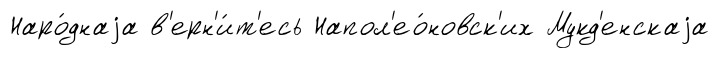
Наро́днаjа в'ерн'и́т'есь Напол'ео́новск'их Мукд'енскаjа